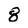
Character: 8